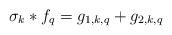
LaTeX: \begin{align*}\sigma_k\ast{f_q}=g_{1, k, q}+g_{2, k, q}\end{align*}